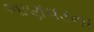
ભાણવડના